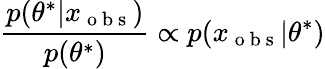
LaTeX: \frac{p(\theta^{*}\lvert x_{\mathrm{~o~b~s~}})}{p(\theta^{*})}\propto p(x_{\mathrm{~o~b~s~}}|\theta^{*})